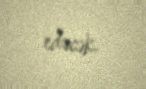
edəcək.